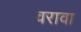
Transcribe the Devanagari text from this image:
वरावा